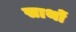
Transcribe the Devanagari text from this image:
साथों